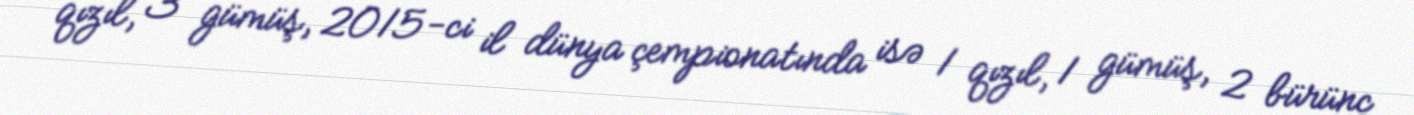
qızıl, 3 gümüş, 2015-ci il dünya çempionatında isə 1 qızıl, 1 gümüş, 2 bürünc